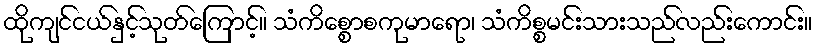
ထိုကျင်ငယ်နှင့်သုတ်ကြောင့်။ သံကိစ္စောစကုမာရော၊ သံကိစ္စမင်းသားသည်လည်းကောင်း။